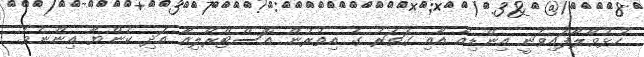
ހުޅުވާލާފައިވަނީ އިންޑިއާ އާއި ގަތަރު ގެ އިތުރުން އޮސްޓްރޭލިއާ އަދި ކެންޔާ އިންނެވެ.